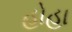
હોહા